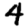
Digit: 4